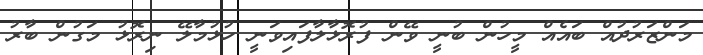
މަންޒަރުދުއް ބައެއް މީހުން ބުނީ ވޭން ފުރޮޅާލާފައިވަނީ ހުޅުމާލޭ ނިރޮޅު މަގުން ބާރު